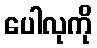
ပေါလုကို